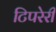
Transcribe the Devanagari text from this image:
टिपरेरी